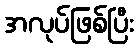
အလုပ်ဖြစ်ပြီး